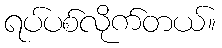
ရပ်ပစ်လိုက်တယ်။